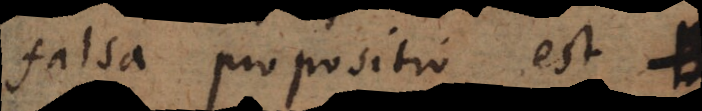
falsa propositio est